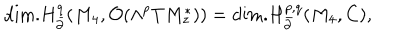
\mathrm { d i m . } H _ { \bar { \partial } } ^ { q } ( M _ { 4 } , { \cal O } ( \wedge ^ { p } T M _ { z } ^ { \ast } ) ) = \mathrm { d i m . } H _ { \bar { \partial } } ^ { p , q } ( M _ { 4 } , C ) ,